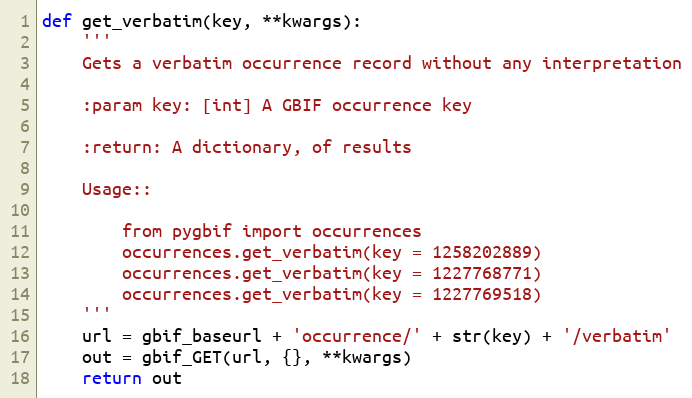
Language: Python
def get_verbatim(key, **kwargs):
    '''
    Gets a verbatim occurrence record without any interpretation

    :param key: [int] A GBIF occurrence key

    :return: A dictionary, of results

    Usage::

        from pygbif import occurrences
        occurrences.get_verbatim(key = 1258202889)
        occurrences.get_verbatim(key = 1227768771)
        occurrences.get_verbatim(key = 1227769518)
    '''
    url = gbif_baseurl + 'occurrence/' + str(key) + '/verbatim'
    out = gbif_GET(url, {}, **kwargs)
    return out